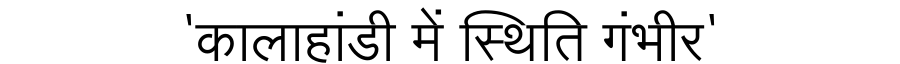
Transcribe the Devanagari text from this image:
'कालाहांडी में स्थिति गंभीर'